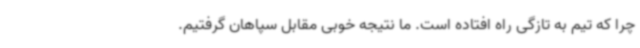
چرا که تیم به تازگی راه افتاده است. ما نتیجه خوبی مقابل سپاهان گرفتیم.